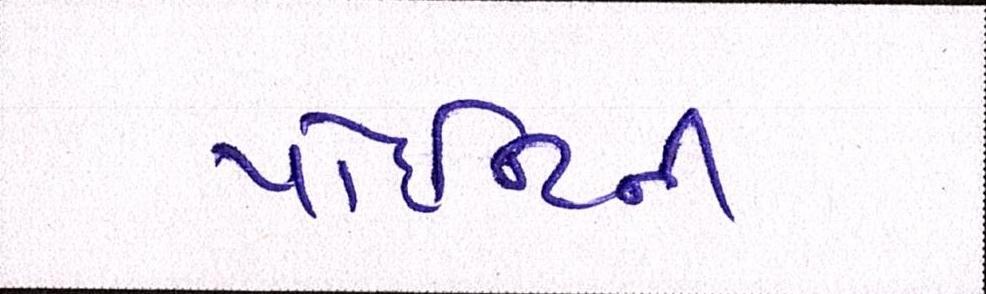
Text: પોઈન્ટની